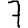
Digit: 7